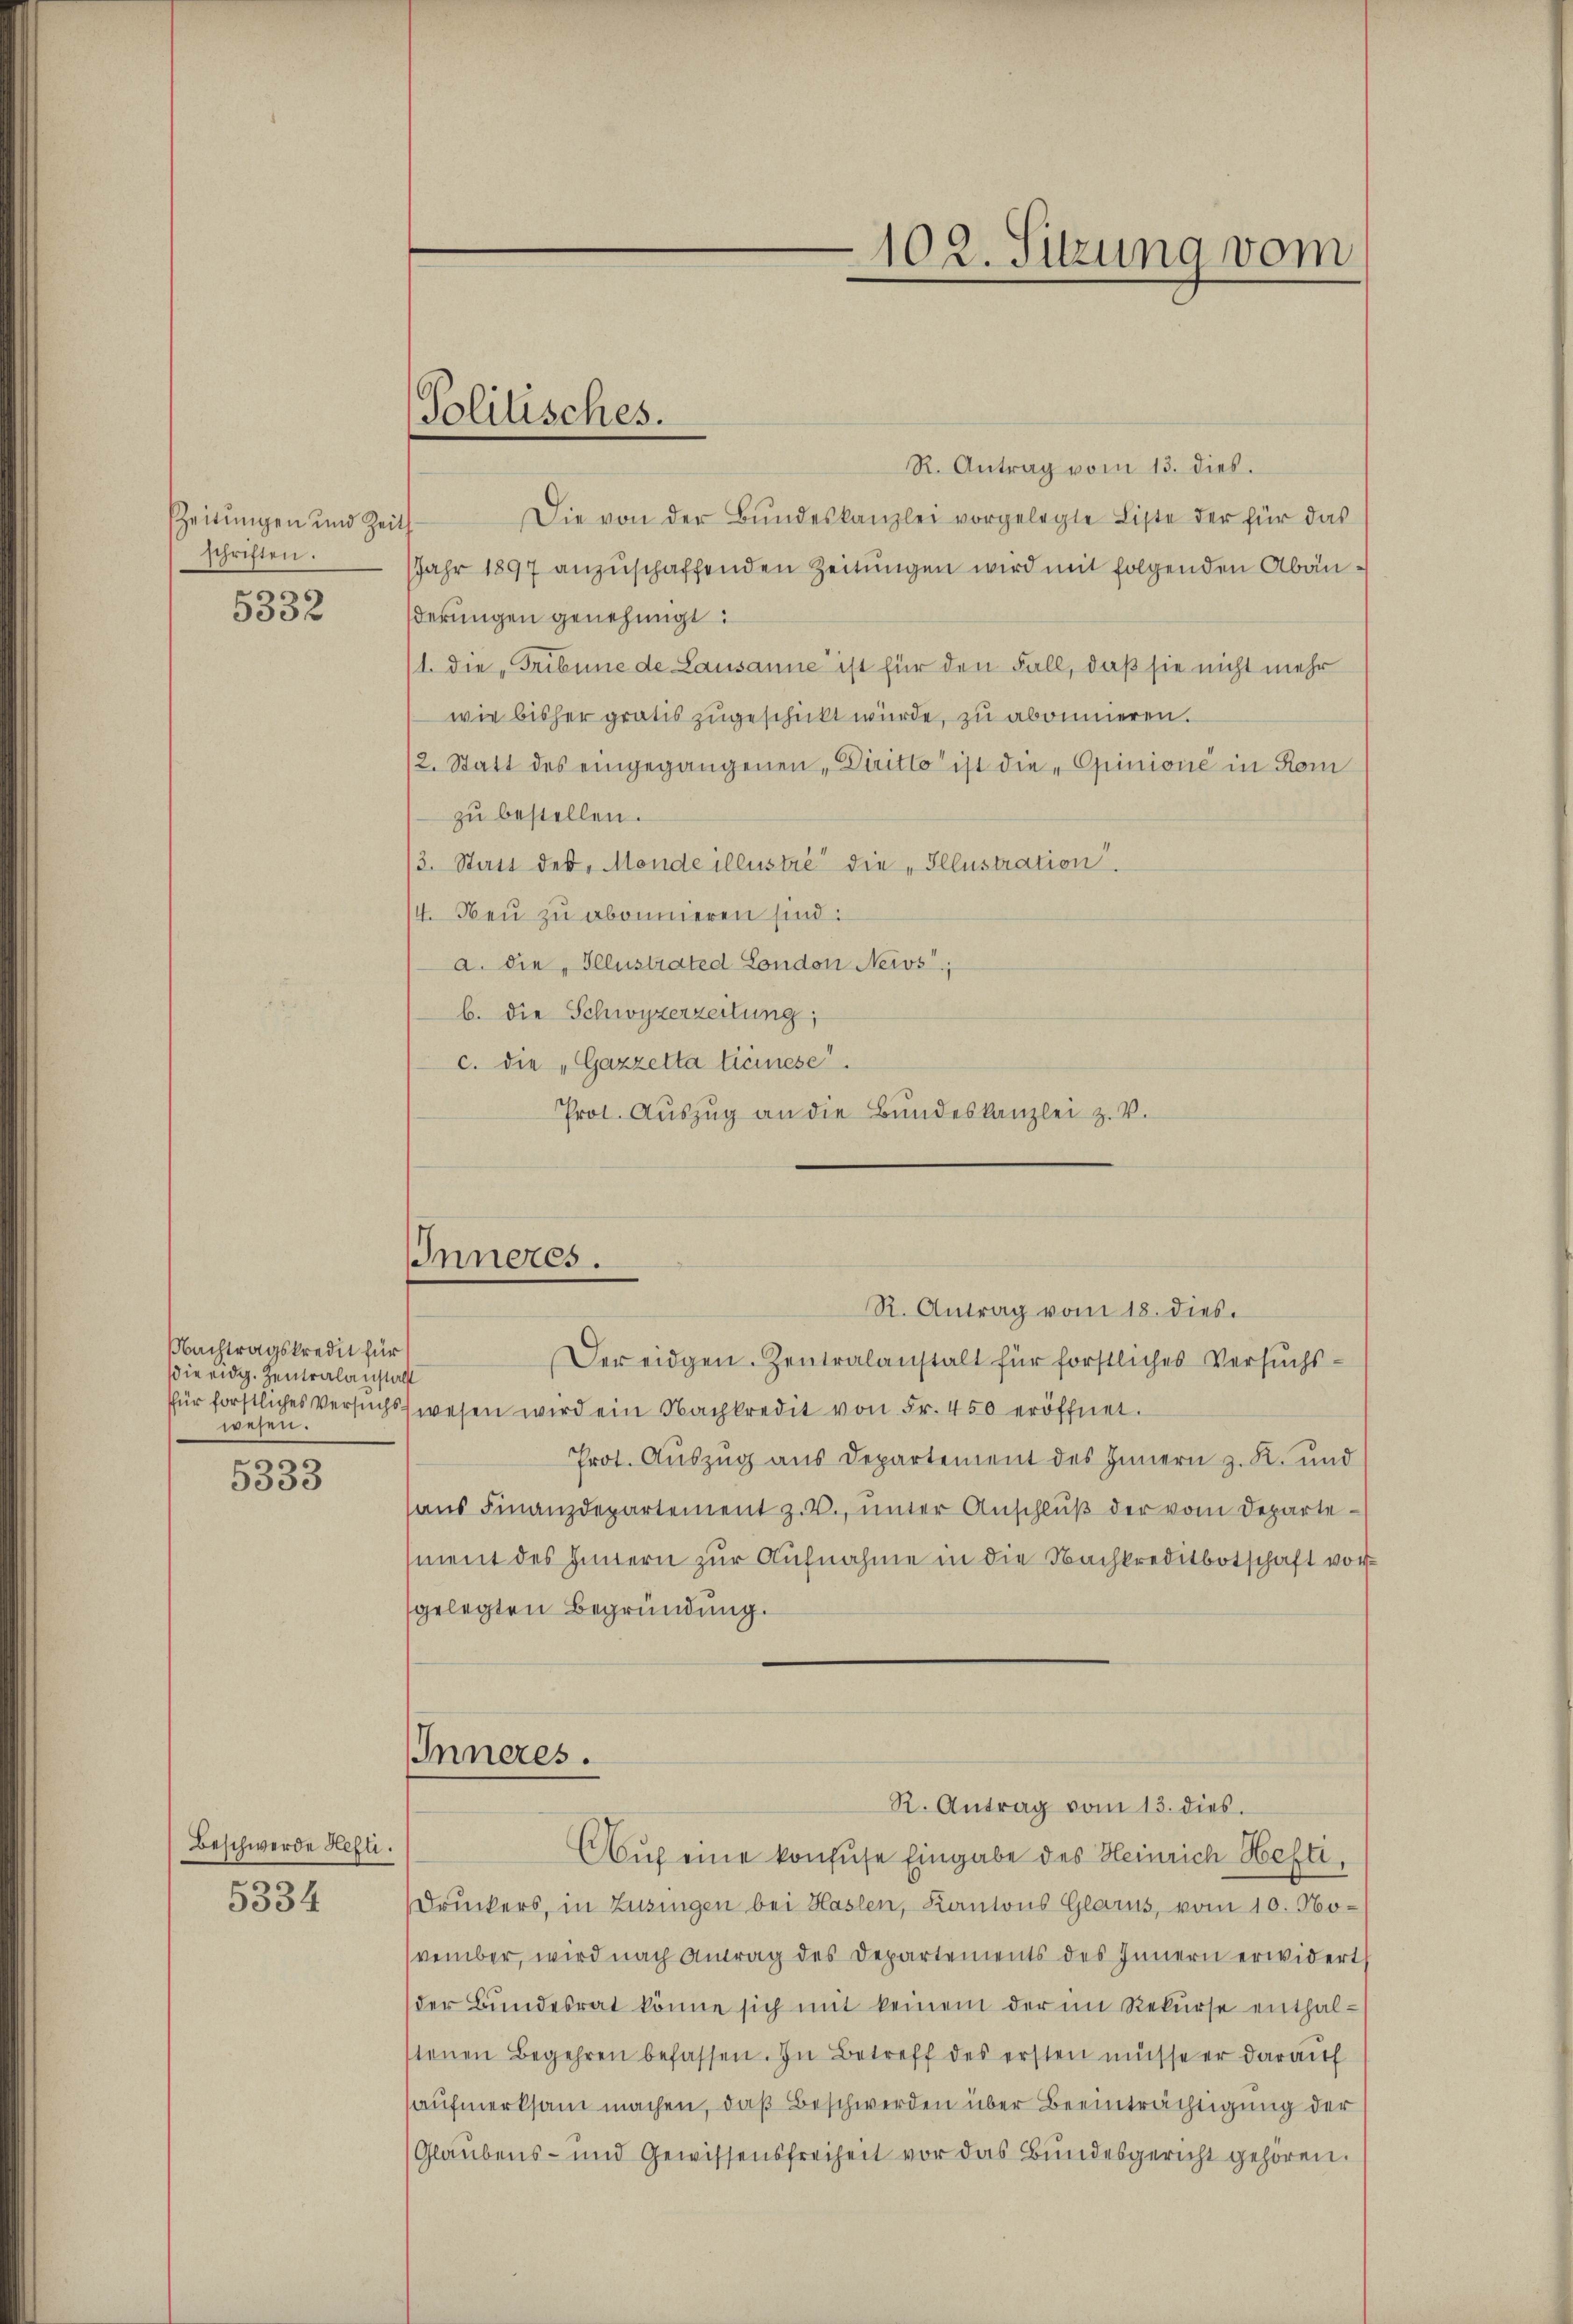
szeitungen und Zeits
schriften.

5332

Nachtragskredit für
die eidg. Zentralanstalt
wesen.
e

5333

Beschwerde Hefti.

5334

R. Antrag vom 13. dies.
Die von der Bŭndeskanzlei vorgelegte Liste der für das
Jahr 1897 anzuschaffenden Zeitungen wird mit folgenden Abänderungen genehmigt:
1. die „Tribune de Lausanne ist für den Fall, daß sie nicht mehr
wie bisher gratis zugeschickt würde, zu abonnieren.
2. Statt des eingegangenen, Diritto ist die „Opinione in Kom
zŭ bestellen.
/3. Statt des Monde illustre“ die „Illustration.
/4. Neŭ zŭ abonnieren sind:
a. die „Illustrated London News;
b. die Schwyzerzeitung,
c. die „Gazzetta Ticinese.
Prot. Aŭszŭg an die Bŭndeskanzlei z. V.

Politisches.

IInneres.

IInneres.

102. Sitzung vom

R. Antrag vom 18. dies.
Der eidgen. Zentralanstalt für forstliches Versuchs-
für forstliches Versuchswesen wird ein Nachkredit von Fr. 450 eröffnet.
Prot. Aŭszŭg aŭs Departement des Innern z. R. und
aus Finanzdepartement z. B., unter Anschluß der vom Departement des Innern zur Aufnahme in die Nachkreditbotschaft vorgelegten Begründung.

Druckers, in Zuzingen bei Haslen, Kantons Glarus, vom 10. November, wird nach Antrag des Departements des Innern erwidert
der Bŭndesrat könne sich mit keinem der im Rekurse enthalstenen Begehren befassen. In Betreff des ersten müsse er darauf
aufmerksam machen, daß Beschwerden über Beeinträchtigung der
Glaubens- und Gewissensfreiheit vor das Bundesgericht gehören.

R. Antrag vom 13. dies
Auf eine konfuse Eingabe des Heinrich Hefti,